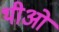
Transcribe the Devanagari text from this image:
थीओ